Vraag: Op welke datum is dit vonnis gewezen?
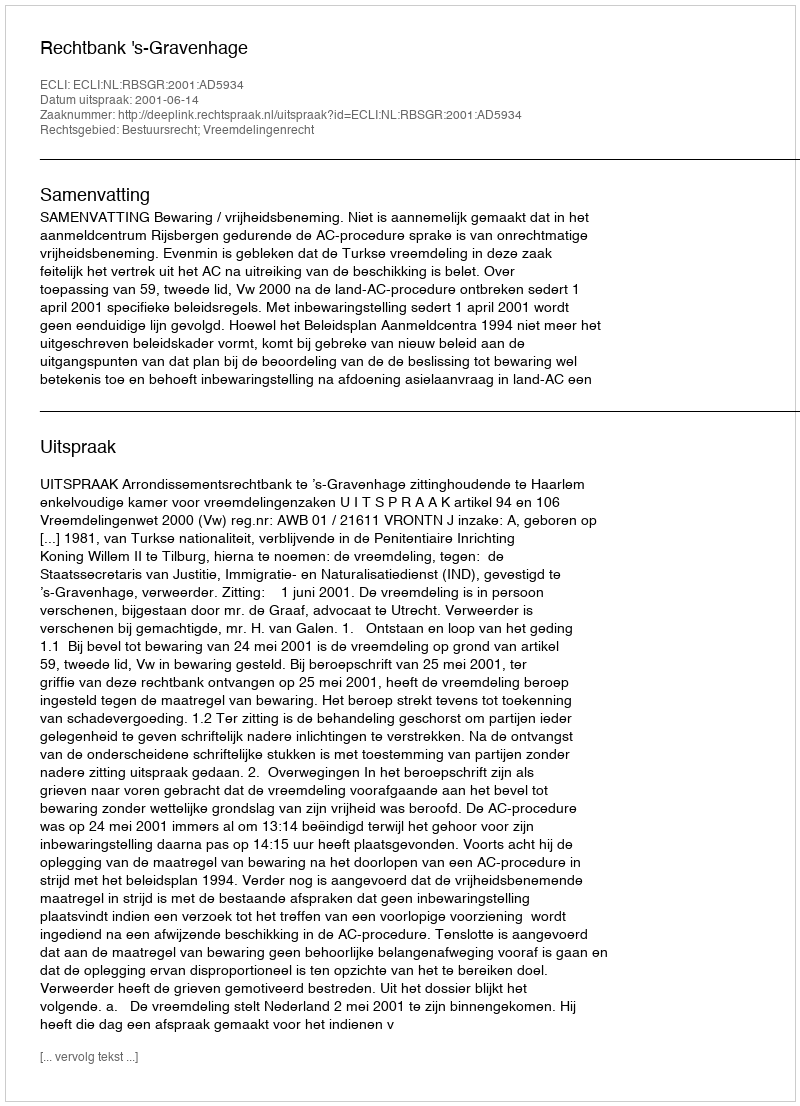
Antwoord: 2001-06-14